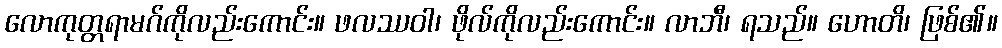
လောကုတ္တရာမဂ်ကိုလည်းကောင်း။ ဖလဿဝါ၊ ဖိုလ်ကိုလည်းကောင်း။ လာဘီ၊ ရသည်။ ဟောတိ၊ ဖြစ်၏။